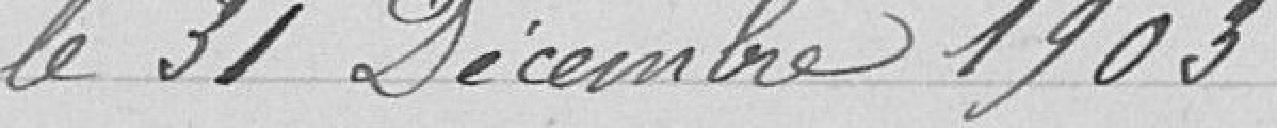
le 31 décembre 1903.